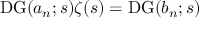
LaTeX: \operatorname { D G } ( a _ { n } ; s ) \zeta ( s ) = \operatorname { D G } ( b _ { n } ; s )